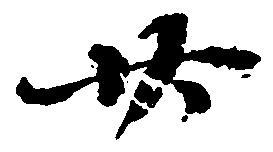
廿